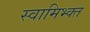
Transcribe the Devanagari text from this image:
स्वामिभ्क्त